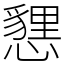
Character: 㦟